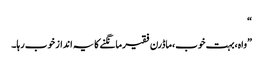
“
”واہ،بہت خوب،ماڈرن فقیرمانگنے کا یہ انداز خوب رہا۔